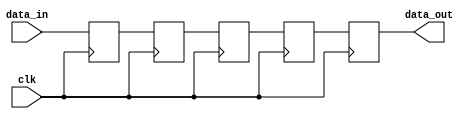


module buffer4(data_out, data_in, clk);
output reg data_out;
input data_in, clk;
reg buffer0, buffer1, buffer2, buffer3;

always @(posedge clk)
    begin
        buffer0 <= data_in;
        buffer1 <= buffer0;
        buffer2 <= buffer1;
        buffer3 <= buffer2;
        data_out <= buffer3;
    end


endmodule